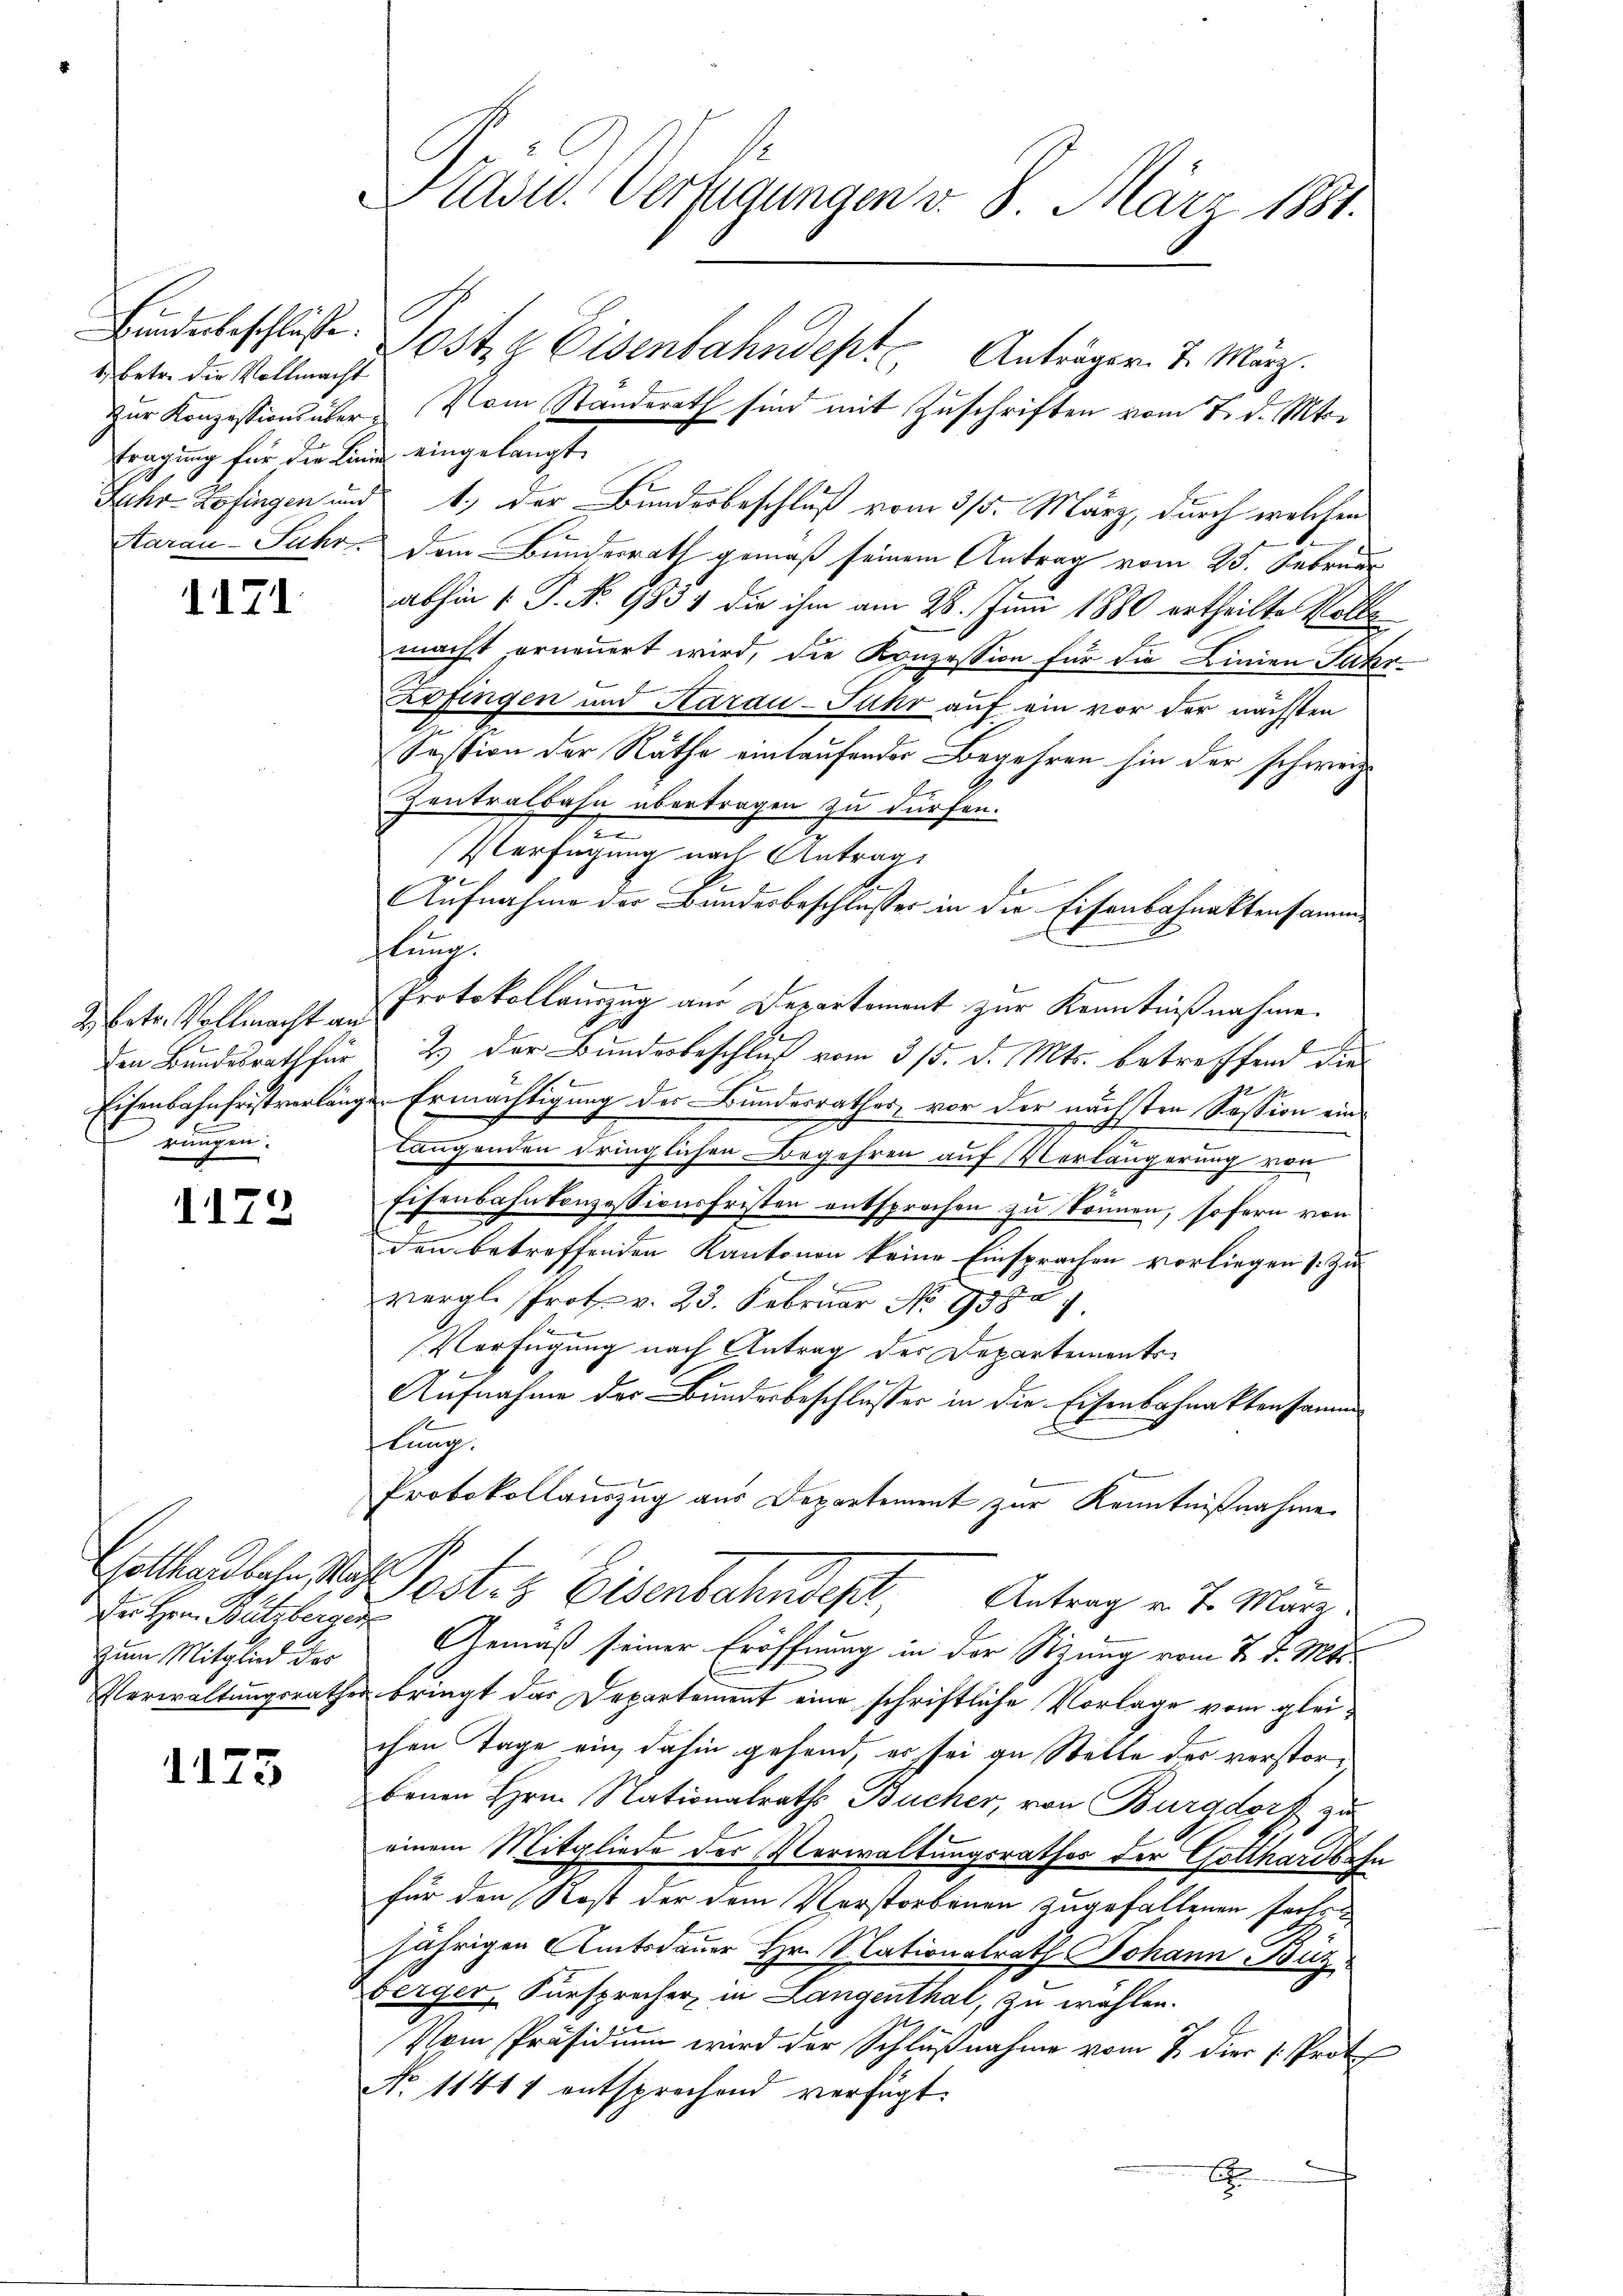
Bundesbeschlüsse.
) betr. die Vollmacht
fragung für die Linde eingelangt

1171.

2. Betr. Vollmacht an
rungen.

1172

Der Hrn. Bützberger
zum Mitglied der

1173

Prast. Verfügungen v. 8. März 1881.
Poste Eisenbahndept Anträger. 7. März.
Zur Konzessions über vom Standerath sind mit Zuschriften vom 7. d. Mts.

Juhr- Zofingen und 1., der Bundesbeschluß vom 3/5. März, durch welchen
Karai-Fuhr. Dem Bunderrath gemäß seinem Antrag vom 25. Februar
abhin 1. P. Nr. 9831 die ihm am 28. Juni 1880 ertheilte Rotte
macht ernennert wird, die Konzession für die Linien Fuhr-
Zofingen und Aarau-Fuhr auf ein vor der nächsten
Session der Räthe einlaufender Begehren hin der schweiz.
Zentralbahn übertragen zu dürfen.
n
Verfügung nach Antrag:
n
Aufnahme der Bundesbeschlusses in die Eisenbahnaktensamme
hlung.
Protokollauszug aus Departement zur Kenntnißnahme.
f
den Bundesrath für 2. der Bundesbeschluß vom 315. d. Mts. betreffend dies
Eisenbahnfristverlangen Ermächtigung des Bundesrathes, vor der nächsten Session einlangenden dringlichen Begehren auf Verlängerung von
Eisenbahnkonzessionsfristen entsprochen zu können, sofern von
.
den betreffenden Kantonen keine Einsprachen vorliegen s. Zu-
vergl. Prot. v. 23. Februar No 9382.
Verfügung nach Antrag des Departements¬
Aufnahme der Bundesbeschlusser in die Eisenbahnaktensamm
flung.
Protokollauszug aus Departement zur Kenntnißnahme
Gotthardbahn das Post- & Eisenbahndept, Antrag v. 7. März.
Gemäß seiner Eröffnung in der Sitzung vom 7. d. Mts.
Verwaltungsrathes bringt das Departement eine schriftliche Vorlage vom gleichen Tage ein, dahin gehend, er sei zu Stelle des verstorbenen Hrn. Nationalraths Bücher, von Burgdorf zu
einem Mitgliede des Verwaltungsrathes der Gotthardbahn
für den Rost der dem Verstorbenen zugefallenen fortsjährigen Amtsdauer Hr. Nationalrath Johann Bür
berger, Fürsprecher in Langenthal, zu wählen.
Vom Präsidium wird der Schlußnahme vom 2 der 1. Prot
No 11411 entsprechend verfügt:
x